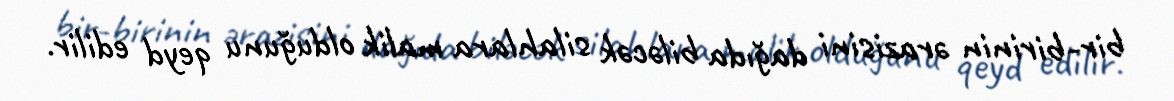
bir-birinin ərazisini dağıda biləcək silahlara malik olduğunu qeyd edilir.